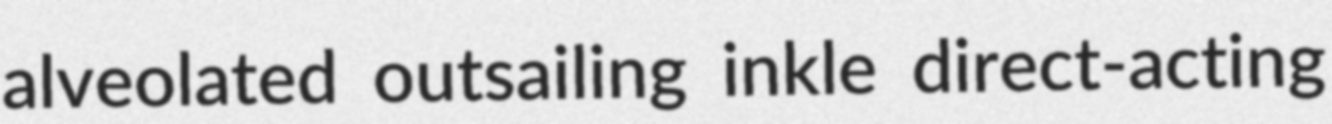
alveolated outsailing inkle direct-acting